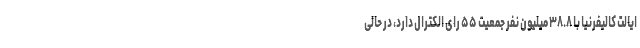
ایالت کالیفرنیا با ۳۸.۸ میلیون نفر جمعیت ۵۵ رای الکترال دارد، در حالی